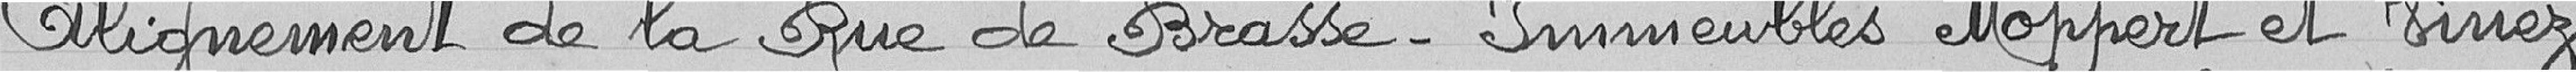
Alignement de la Rue de Brasse - Immeuble Moppert et Virrez